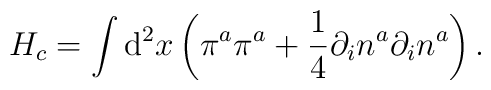
H_c=\int{\rm d}^{2}x\left(\pi^{a}\pi^{a} +\frac{1}{4}\partial_{i}n^{a}\partial_{i}n^{a}\right).